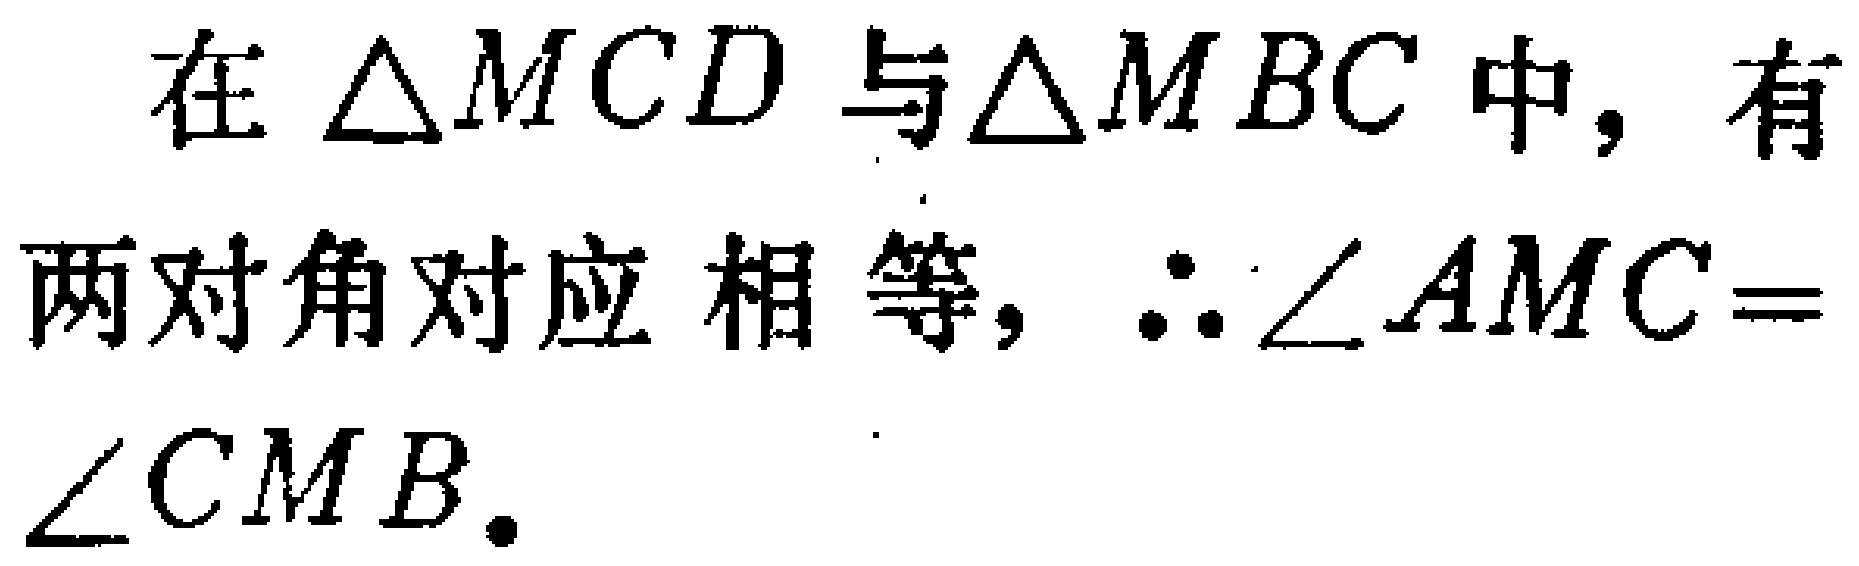
在$\triangle MCD$与$\triangle MBC$中，有两对角对应相等，$\therefore \angle AMC = \angle CMB$.